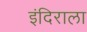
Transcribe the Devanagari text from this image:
इंदिराला